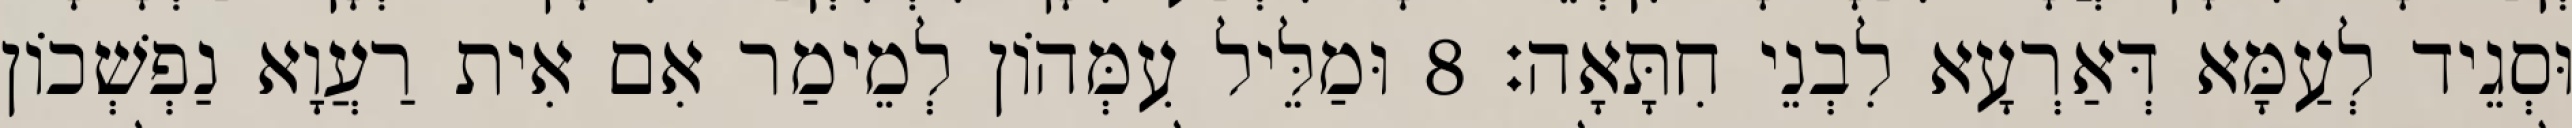
וּסְגֵיד לְעַמָּא דְּאַרְעָא לִבְנֵי חִתָּאָה׃ 8 וּמַלֵּיל עִמְּהוֹן לְמֵימַר אִם אִית רַעֲוָא נַפְשְׁכוֹן